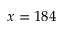
x = 1 8 4